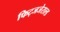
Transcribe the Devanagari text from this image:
फिट्जजेराल्ड